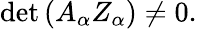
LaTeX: \operatorname*{det}\left(A_{\alpha}Z_{\alpha}\right)\neq 0.